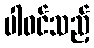
ပါဝင်သည့်